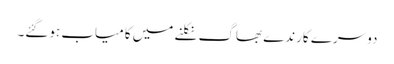
دوسرے کارندے بھاگ نکلنے میں کامیاب ہوگئے۔